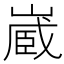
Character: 𭗉